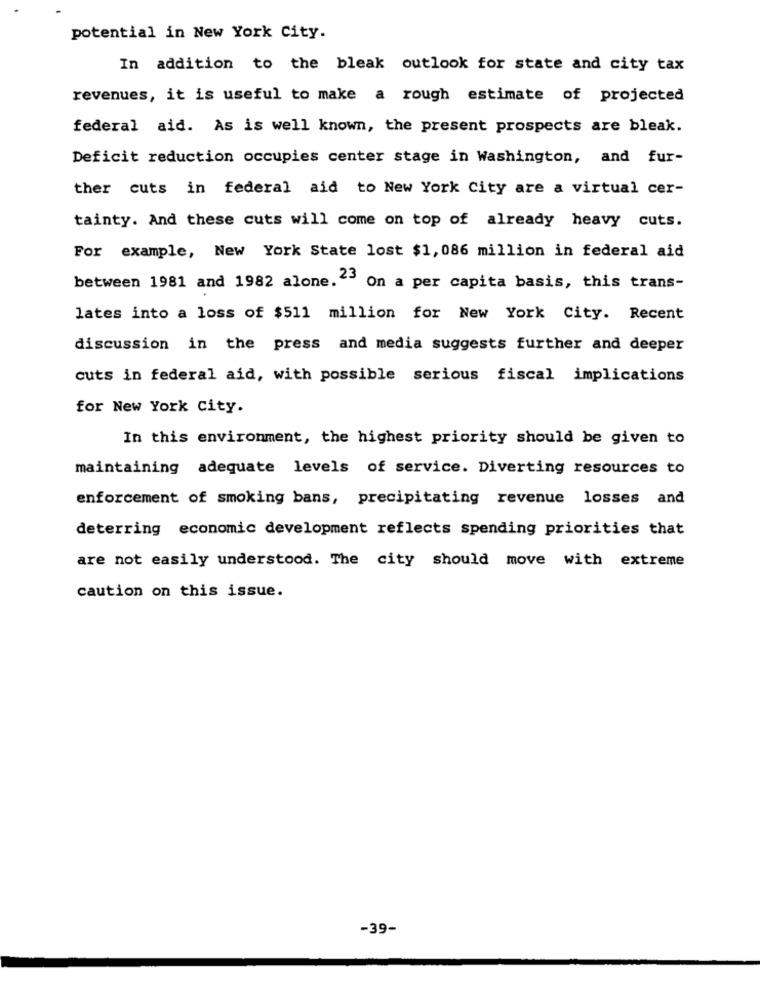
potential in New York City.
In addition to the bleak outlook for state and city tax
revenues, it is useful to make a rough estimate of projected
federal aid. As is well known, the present prospects are bleak.
Deficit reduction occupies center stage in Washington, and fur-
ther cuts in federal aid to New York City are a virtual cer-
tainty. And these cuts will come on top of already heavy cuts.
For example, New York State lost $1, 086 million in federal aid
between 1981 and 1982 alone." On a per capita basis, this trans-
lates into a loss of $511 million for New York City. Recent
discussion in the press and media suggests further and deeper
cuts in federal aid, with possible serious fiscal implications
for New York City.
In this environment, the highest priority should be given to
maintaining adequate levels of service. Diverting resources to
enforcement of smoking bans, precipitating revenue losses and
deterring economic development reflects spending priorities that
are not easily understood. The city should move with extreme
caution on this issue.
-39-